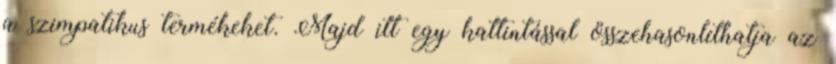
a szimpatikus termékeket. Majd itt egy kattintással összehasonlíthatja az